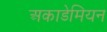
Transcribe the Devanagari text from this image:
अकाडेमियन